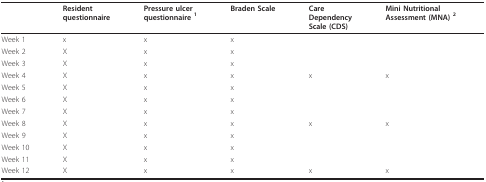
<table><thead><tr><td></td><td><b>Residentquestionnaire</b></td><td><b>Pressure ulcer questionnaire <sup>1</sup></b></td><td><b>Braden Scale</b></td><td><b>CareDependencyScale (CDS)</b></td><td><b>Mini NutritionalAssessment (MNA) <sup>2</sup></b></td></tr></thead><tbody><tr><td>Week 1</td><td>x</td><td>x</td><td>x</td><td></td><td></td></tr><tr><td>Week 2</td><td>X</td><td>x</td><td>x</td><td></td><td></td></tr><tr><td>Week 3</td><td>X</td><td>x</td><td>x</td><td></td><td></td></tr><tr><td>Week 4</td><td>X</td><td>x</td><td>x</td><td>x</td><td>x</td></tr><tr><td>Week 5</td><td>X</td><td>x</td><td>x</td><td></td><td></td></tr><tr><td>Week 6</td><td>X</td><td>x</td><td>x</td><td></td><td></td></tr><tr><td>Week 7</td><td>X</td><td>x</td><td>x</td><td></td><td></td></tr><tr><td>Week 8</td><td>X</td><td>x</td><td>x</td><td>x</td><td>x</td></tr><tr><td>Week 9</td><td>X</td><td>x</td><td>x</td><td></td><td></td></tr><tr><td>Week 10</td><td>X</td><td>x</td><td>x</td><td></td><td></td></tr><tr><td>Week 11</td><td>X</td><td>x</td><td>x</td><td></td><td></td></tr><tr><td>Week 12</td><td>X</td><td>x</td><td>x</td><td>x</td><td>x</td></tr></tbody></table>